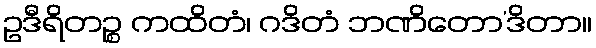
ဥဒီရိတဉ္စ ကထိတံ၊ ဂဒိတံ ဘဏိတော’ဒိတာ။